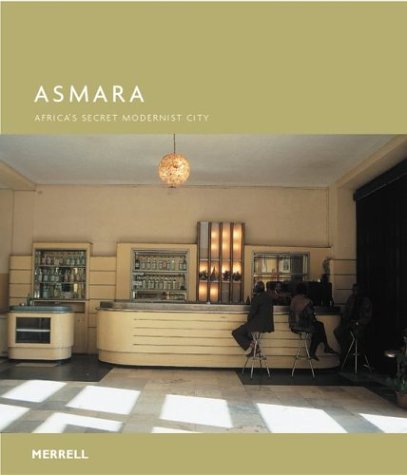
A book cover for Asmara: Africa's Secret Modernist City; Edward Denison; Travel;